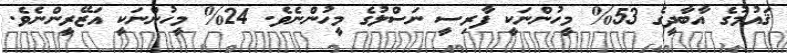
ޤައުމުގެ އާބާދީގެ 53% މީހުންނަކީ ފާރިސީ ނަސްލުގެ މީހުންނެވެ. 24% މީހުންނަކީ އަޒޭރީންނެވެ.